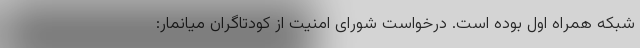
شبکه همراه اول بوده است. درخواست شورای امنیت از کودتاگران میانمار: